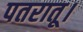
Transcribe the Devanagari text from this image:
पतरातू।